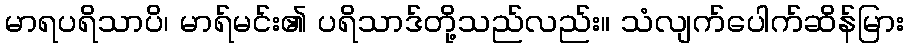
မာရပရိသာပိ၊ မာရ်မင်း၏ ပရိသာဒ်တို့သည်လည်း။ သံလျက်ပေါက်ဆိန်မြား